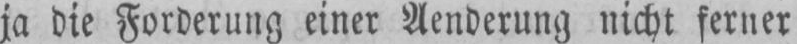
ja die Forderung einer Aenderung nicht ferner